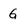
Character: G